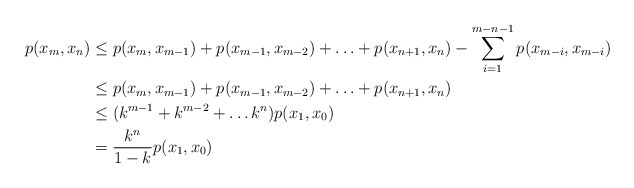
\begin{align*}p(x_m,x_n)&\leq p(x_m,x_{m-1})+p(x_{m-1},x_{m-2})+\ldots+p(x_{n+1},x_n)-\sum_{i=1}^{m-n-1}p(x_{m-i},x_{m-i})\\&\leq p(x_m,x_{m-1})+p(x_{m-1},x_{m-2})+\ldots+p(x_{n+1},x_n)\\&\leq(k^{m-1}+k^{m-2}+\ldots k^n)p(x_1,x_0)\\&=\frac{k^n}{1-k}p(x_1,x_0)\end{align*}